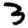
Digit: 3